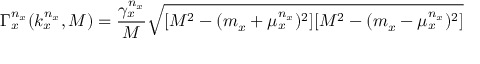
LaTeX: \Gamma _ { x } ^ { n _ { x } } ( k _ { x } ^ { n _ { x } } , M ) = { \frac { \gamma _ { x } ^ { n _ { x } } } { M } } \sqrt { [ M ^ { 2 } - ( m _ { x } + \mu _ { x } ^ { n _ { x } } ) ^ { 2 } ] [ M ^ { 2 } - ( m _ { x } - \mu _ { x } ^ { n _ { x } } ) ^ { 2 } ] }